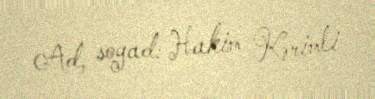
Ad, soyad: Hakim Kərimli